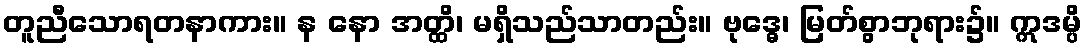
တူညီသောရတနာကား။ န နော အတ္ထိ၊ မရှိသည်သာတည်း။ ဗုဒ္ဓေ၊ မြတ်စွာဘုရား၌။ ဣဒမ္ပိ